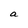
Character: a